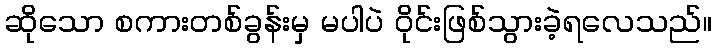
ဆိုသော စကားတစ်ခွန်းမှ မပါပဲ ဝိုင်းဖြစ်သွားခဲ့ရလေသည်။